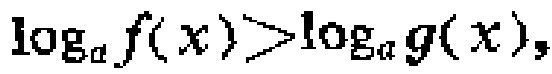
\(\log_{a}f(x)>\log_{a}g(x)\)